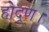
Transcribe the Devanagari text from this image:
होदूण।